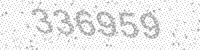
Solution: 336959